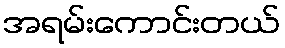
အရမ်းကောင်းတယ်